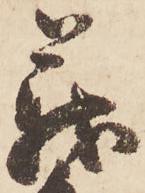
義